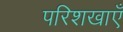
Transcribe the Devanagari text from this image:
परिशखाएँ